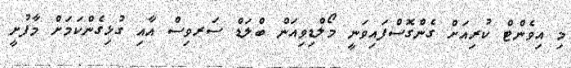
މި އިވެންޓް ކުރިއަށް ގެންގޮސްފައިވަނީ މޯލްޑިވިއަން ބްލަޑް ސަރވިސް އާއި ގުޅިގެންކަމަށް މާފުށީ